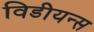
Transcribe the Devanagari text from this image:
विडीयन्स